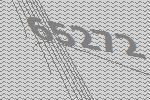
65272